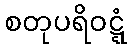
စတုပရိဝဋ္ဋံ